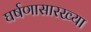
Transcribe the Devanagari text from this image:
घर्षणासारख्या